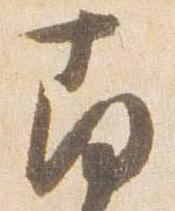
南